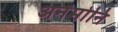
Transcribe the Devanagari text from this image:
अनेमोनि